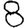
Digit: 8